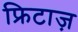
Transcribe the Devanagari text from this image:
फ्रिटाज़